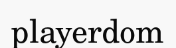
playerdom